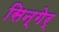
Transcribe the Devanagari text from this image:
सिन्गेर्